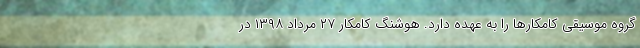
گروه موسیقی کامکارها را به عهده دارد. هوشنگ کامکار ۲۷ مرداد ۱۳۹۸ در